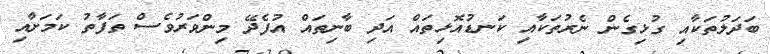
ބަދަލުތަކާއި ގުޅިގެން ނެރުތަކާއި ކަނޑުއޮޅިތައް އަދި ބާނިތައް އުފެދޭ މިންވަރުވެސް ތަފާތު ކަމަށާއި